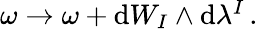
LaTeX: \begin{array}{r}{\omega\to\omega+\mathrm{d}W_{I}\wedge\mathrm{d}\lambda^{I}\, .}\end{array}